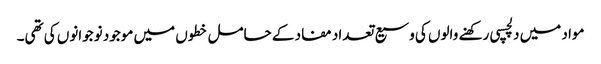
مواد میں دلچسپی رکھنے والوں کی وسیع تعداد مفاد کے حامل خطوں میں موجود نوجوانوں کی تھی۔